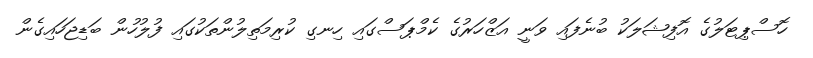
ހޮސްޕިޓަލުގެ އޮފިޝަލަކު ބުނެފައި ވަނީ އަޒްހަރުގެ ކެމްޕަސްގައި ހިނގި ކުރިމަތިލުންތަކުގައި ފުލުހުން ބަޑިޖަހައިގެން